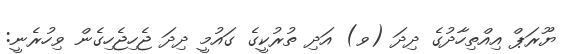
ޔޫރަޕް އިއްތިހާދުގެ ދިދަ (ވ) އަދި ތުރުކީގެ ގައުމީ ދިދަ ޖެހިޖެހިގެން ވިހުރެނީ: